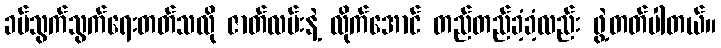
ခပ်သွက်သွက်ရေးတတ်သလို ဇာတ်လမ်းနဲ့ လိုက်အောင် တည်တည်ခံ့ခံ့လည်း ဖွဲ့တတ်ပါတယ်။